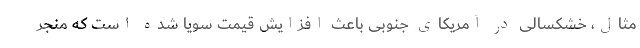
مثال، خشکسالی در آمریکای جنوبی باعث افزایش قیمت سویا شده است که منجر